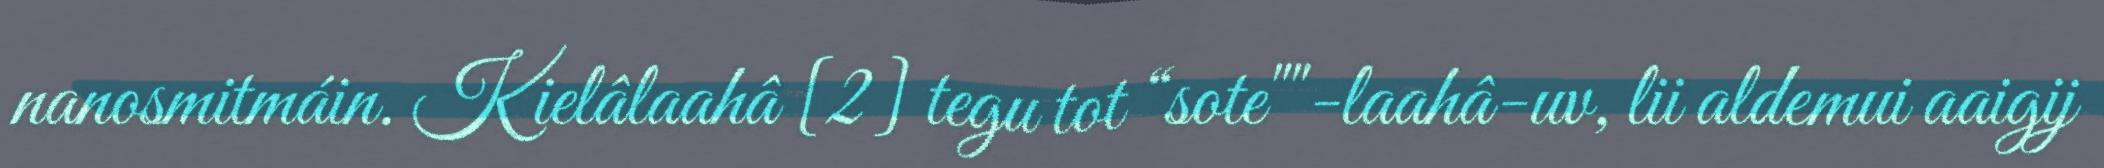
nanosmitmáin. Kielâlaahâ [2] tegu tot “sote""-laahâ-uv, lii aldemui aaigij